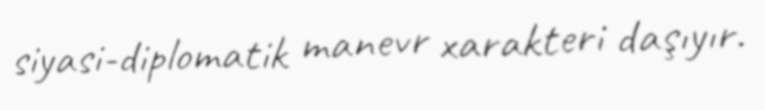
siyasi-diplomatik manevr xarakteri daşıyır.